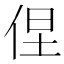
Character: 𱎰